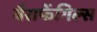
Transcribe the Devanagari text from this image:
बैराफेंगिल्स